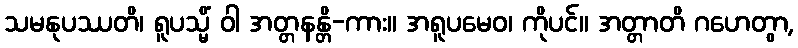
သမနုပဿတိ၊ ရူပသ္မိံ ဝါ အတ္တနန္တိ-ကား။ အရူပမေဝ၊ ကိုပင်။ အတ္တာတိ ဂဟေတွာ,